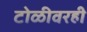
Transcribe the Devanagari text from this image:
टोळीवरही